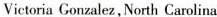
Victoria Gonzalez, North Carolina